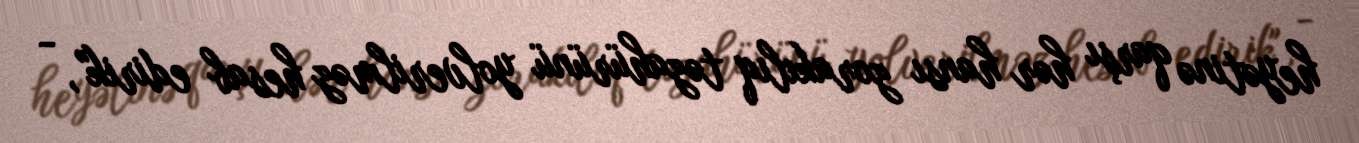
heyətinə qarşı hər hansı zorakılıq təzahürünü yolverilməz hesab edirik", -